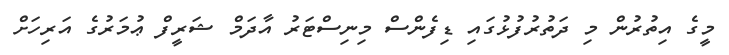
މީގެ އިތުރުން މި ދަތުރުފުޅުގައި ޑިފެންސް މިނިސްޓަރު އާދަމް ޝަރީފް ޢުމަރުގެ އަރިހަށް